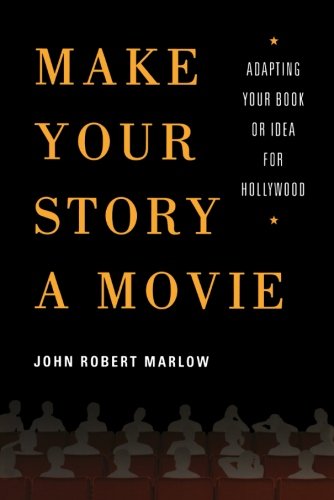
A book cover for Make Your Story a Movie: Adapting Your Book or Idea for Hollywood; John Robert Marlow; Humor & Entertainment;